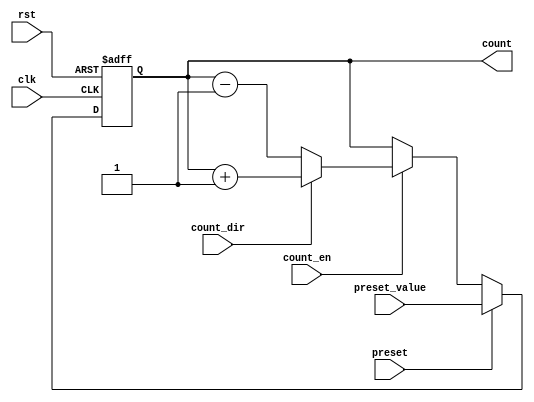
module presettable_counter (
    input wire clk,               // Clock signal
    input wire rst,               // Asynchronous reset
    input wire preset,            // Preset signal
    input wire [N-1:0] preset_value, // Value to load when preset is active
    input wire count_en,          // Count enable signal
    input wire count_dir,         // Count direction (1 = up, 0 = down)
    output reg [N-1:0] count      // Current counter value
);

parameter N = 8; // Define the size of the counter (number of bits)

// Always block for counter operation
always @(posedge clk or posedge rst) begin
    if (rst) begin
        count <= 0; // Reset counter to zero
    end else if (preset) begin
        count <= preset_value; // Load preset value
    end else if (count_en) begin
        if (count_dir) begin
            count <= count + 1; // Increment counter
        end else begin
            count <= count - 1; // Decrement counter
        end
    end
end

endmodule